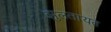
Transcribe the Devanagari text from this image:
झुलतायत